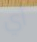
أي